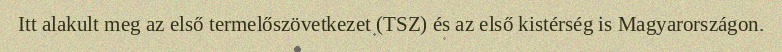
Itt alakult meg az első termelőszövetkezet (TSZ) és az első kistérség is Magyarországon.